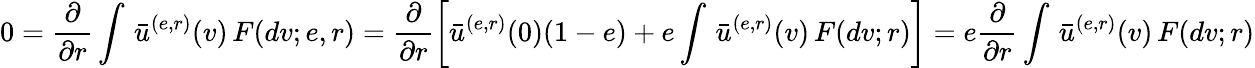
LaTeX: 0=\frac{\partial}{\partial r}\int\, \bar{u}^{(e,r)}(v)\, F(dv;e,r)=\frac{\partial}{\partial r}\left[\bar{u}^{(e,r)}(0)(1-e)+e\int\, \bar{u}^{(e,r)}(v)\, F(dv;r)\right]=e\frac{\partial}{\partial r}\int\, \bar{u}^{(e,r)}(v)\, F(dv;r)